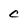
Character: C